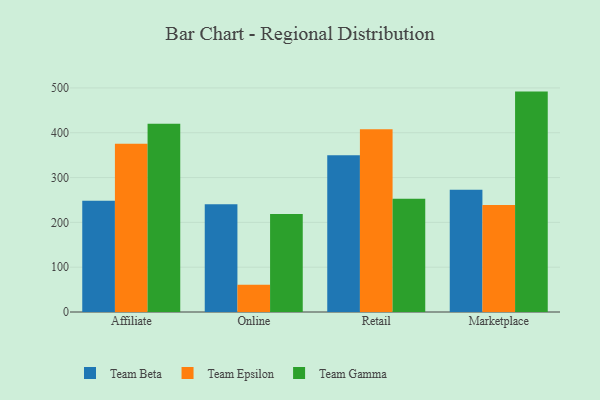
{"axis": {"x": "Channel", "y": "Active Users"}, "legend": ["Team Beta", "Team Epsilon", "Team Gamma"], "data": [{"x": "Affiliate", "y": 248.4, "type": "Team Beta"}, {"x": "Affiliate", "y": 375.5, "type": "Team Epsilon"}, {"x": "Affiliate", "y": 419.9, "type": "Team Gamma"}, {"x": "Online", "y": 240.5, "type": "Team Beta"}, {"x": "Online", "y": 61.0, "type": "Team Epsilon"}, {"x": "Online", "y": 218.8, "type": "Team Gamma"}, {"x": "Retail", "y": 349.8, "type": "Team Beta"}, {"x": "Retail", "y": 407.9, "type": "Team Epsilon"}, {"x": "Retail", "y": 252.9, "type": "Team Gamma"}, {"x": "Marketplace", "y": 272.6, "type": "Team Beta"}, {"x": "Marketplace", "y": 238.7, "type": "Team Epsilon"}, {"x": "Marketplace", "y": 491.8, "type": "Team Gamma"}]}